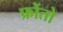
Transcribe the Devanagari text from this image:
फ्रोंतो